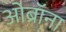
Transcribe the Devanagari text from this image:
ओब्रॉना